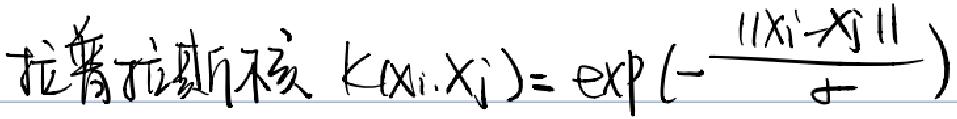
拉普拉斯核 $k(x_i, x_j)=\exp(-\frac{\|x_i - x_j\|}{\sigma})$